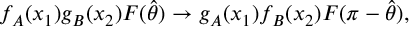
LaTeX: f _ { A } ( x _ { 1 } ) g _ { B } ( x _ { 2 } ) F ( \hat { \theta } ) \rightarrow g _ { A } ( x _ { 1 } ) f _ { B } ( x _ { 2 } ) F ( \pi - \hat { \theta } ) ,